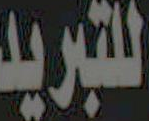
للتبريد